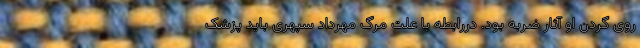
روی گردن او آثار ضربه بود. دررابطه با علت مرگ مهرداد سپهری باید پزشک